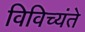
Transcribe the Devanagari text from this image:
विविच्यंते